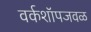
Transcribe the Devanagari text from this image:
वर्कशॉपजवळ